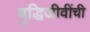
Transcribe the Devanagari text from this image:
बुद्धिजीवींची